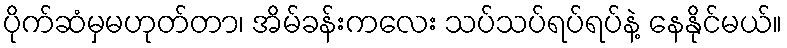
ပိုက်ဆံမှမဟုတ်တာ၊ အိမ်ခန်းကလေး သပ်သပ်ရပ်ရပ်နဲ့ နေနိုင်မယ်။